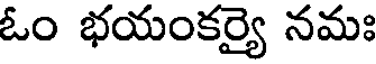
ఓం భయంకర్యై నమః